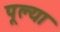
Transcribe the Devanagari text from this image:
पूल्या